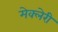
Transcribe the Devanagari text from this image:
मेक्लेरी